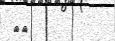
٣٥